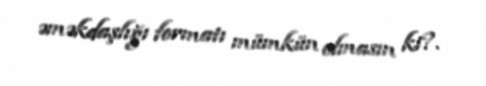
əməkdaşlığı formatı mümkün olmasın ki?.